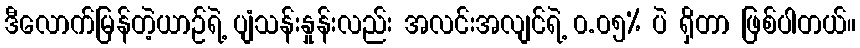
ဒီလောက်မြန်တဲ့ယာဉ်ရဲ့ ပျံသန်းနှုန်းလည်း အလင်းအလျင်ရဲ့ ၀.၀၅% ပဲ ရှိတာ ဖြစ်ပါတယ်။